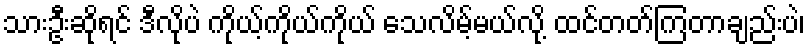
သားဦးဆိုရင် ဒီလိုပဲ ကိုယ့်ကိုယ်ကိုယ် သေလိမ့်မယ်လို့ ထင်တတ်ကြတာချည်းပဲ၊